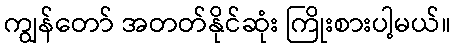
ကျွန်တော် အတတ်နိုင်ဆုံး ကြိုးစားပါ့မယ်။